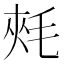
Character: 𣭶